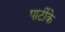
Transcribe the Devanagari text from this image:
पार्टीके